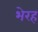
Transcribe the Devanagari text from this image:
भेरह